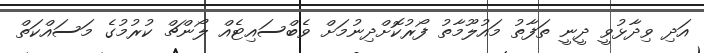
އަދި ވިދާޅުވީ ދީނީ ތަފާތު މައުލޫމާތު ފޯރުކޮށްދިނުމަށް ވެބްސައިޓެއް ލޯންޗް ކުރުމުގެ މަސައްކަތް